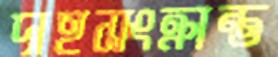
দাহসংক্রান্ত